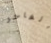
الفاخر